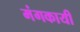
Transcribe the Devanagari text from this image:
मंगकायी